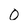
Character: 0